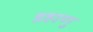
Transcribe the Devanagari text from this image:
डहाणु